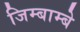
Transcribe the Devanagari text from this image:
जिम्बाम्बे